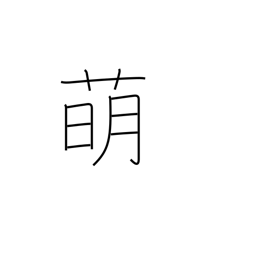
Meaning: malt